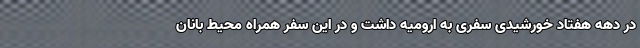
در دهه هفتاد خورشیدی سفری به ارومیه داشت و در این سفر همراه محیط بانان